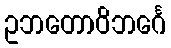
ဥဘတောဝိဘင်္ဂေ